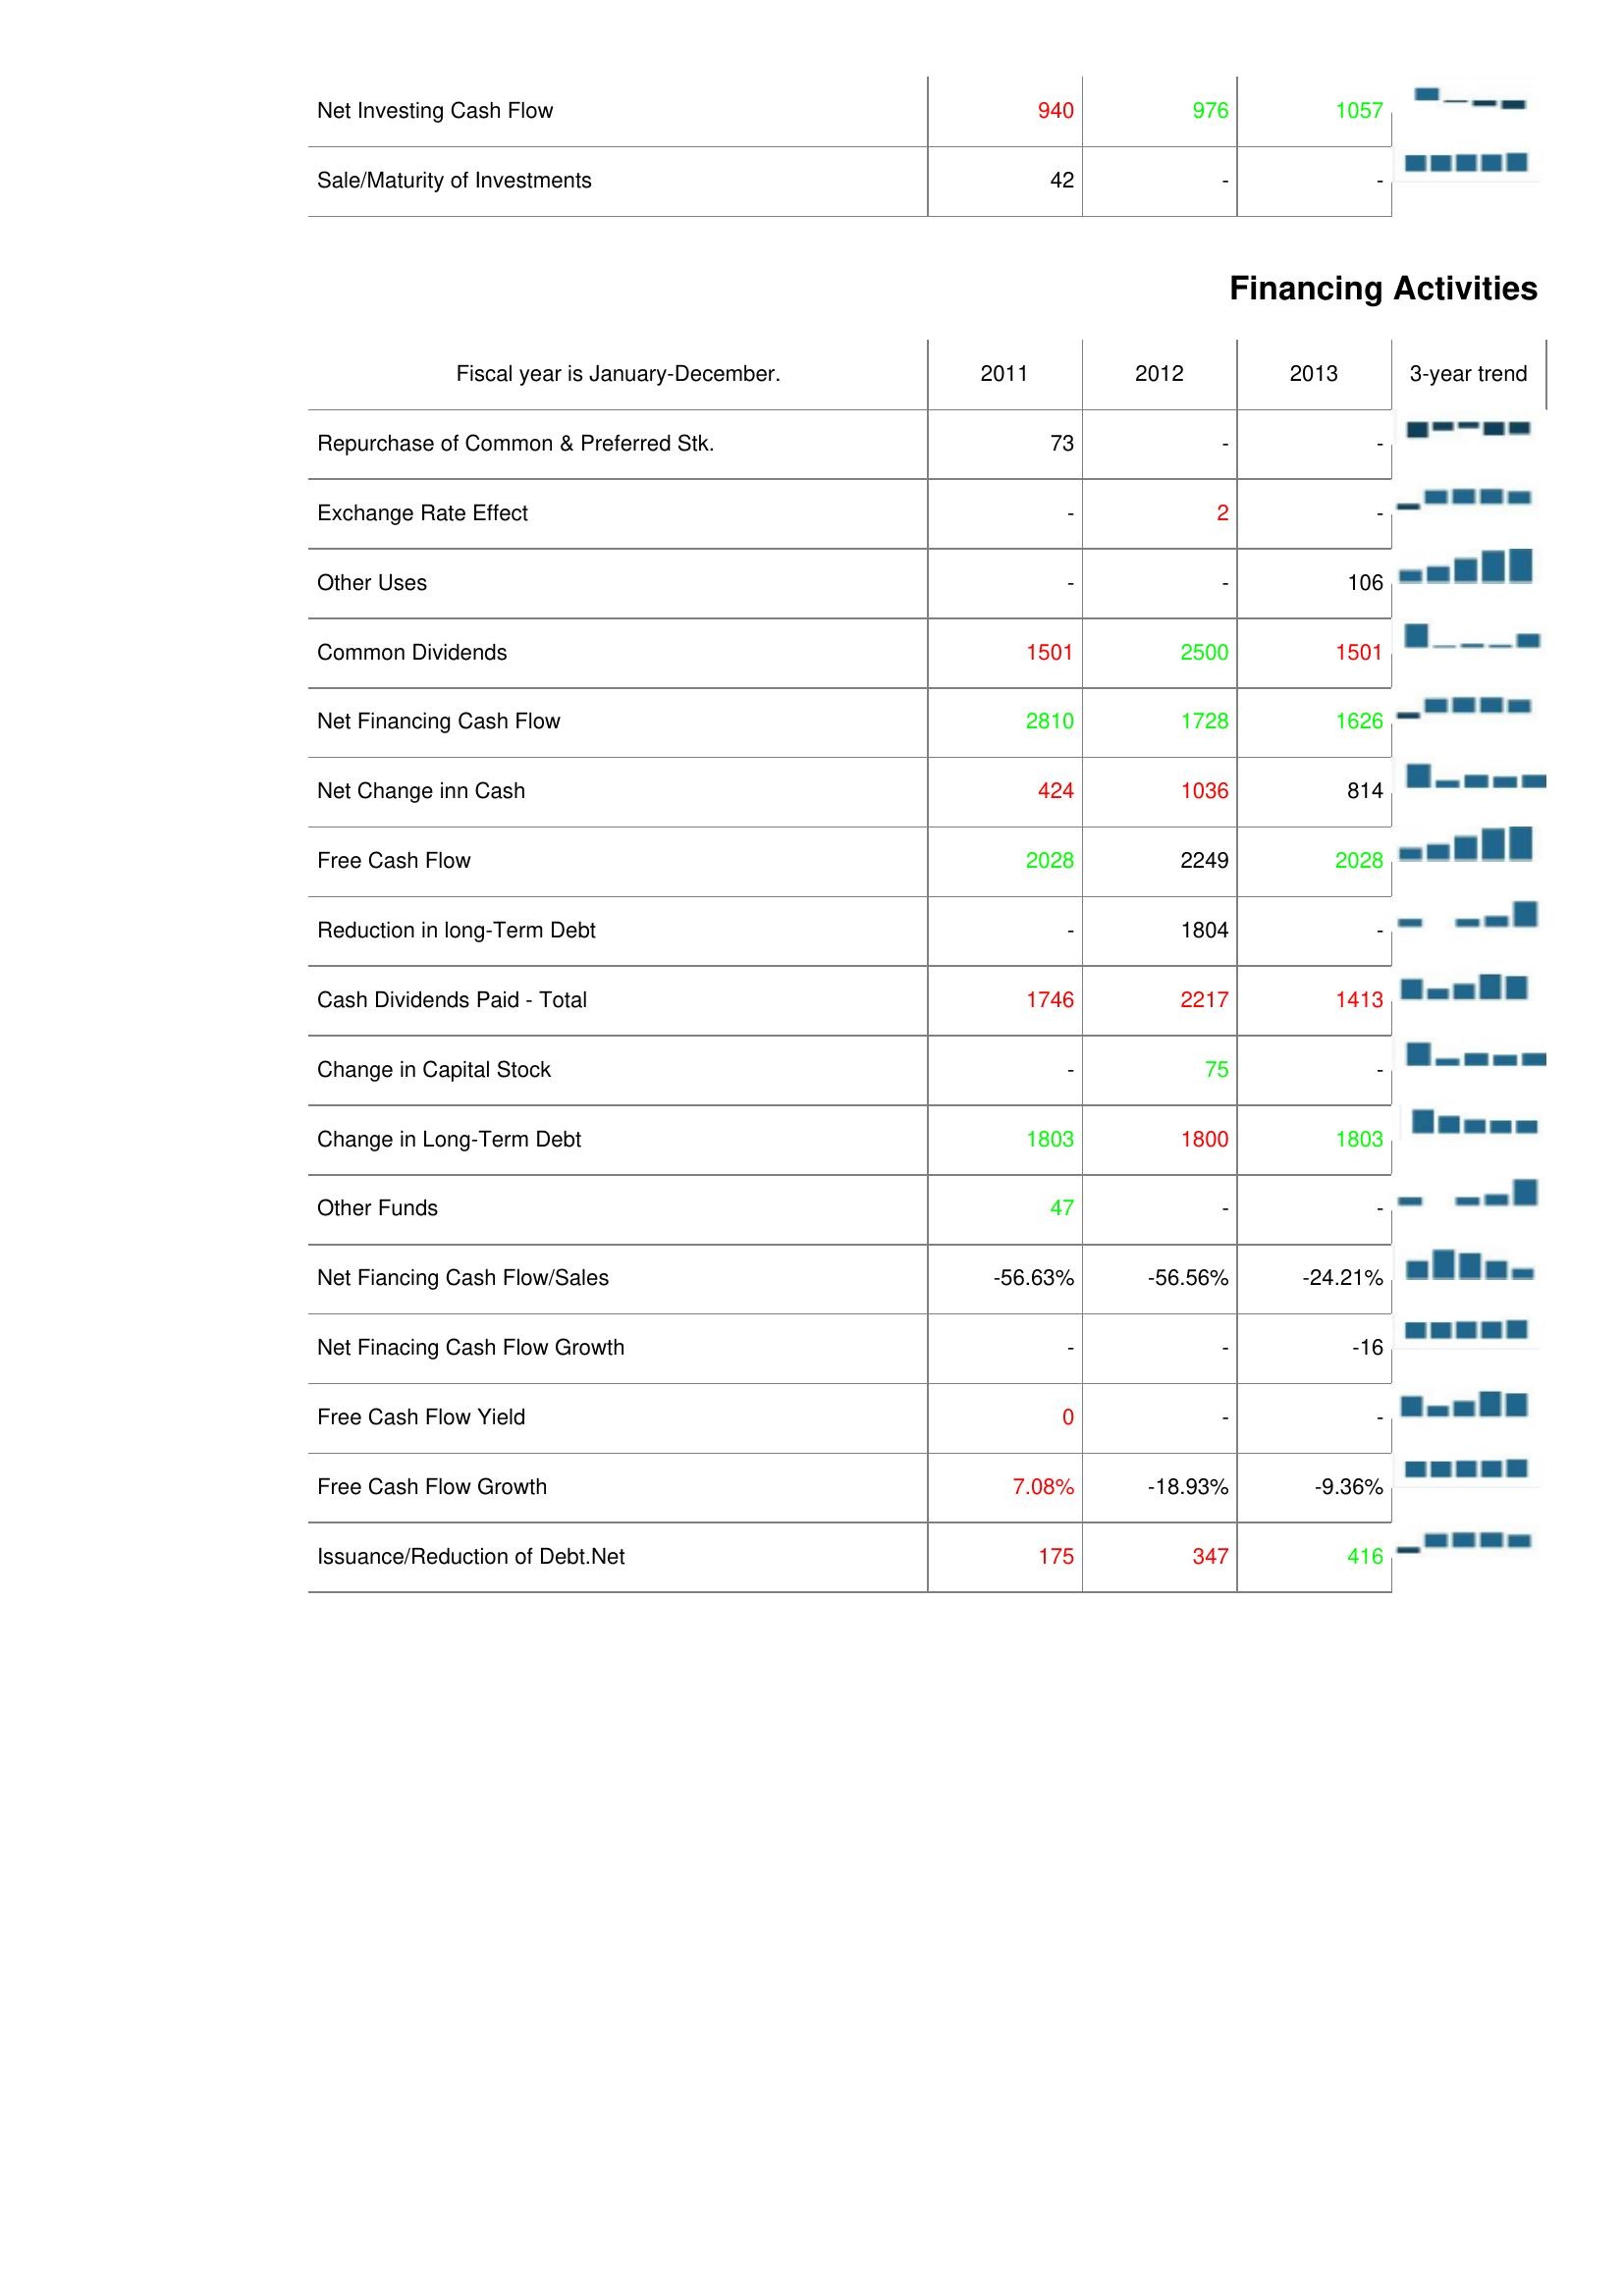
2011: Investing Activities: Net Investing Cash Flow: 940
Sale/Maturity of Investments: 42
Financing Activities: Repurchase of Common & Preferred Stk.: 73
Exchange Rate Effect: -
Other Uses: -
Common Dividends: 1501
Net Financing Cash Flow: 2810
Net Change inn Cash: 424
Free Cash Flow: 2028
Reduction in long-Term Debt: -
Cash Dividends Paid - Total: 1746
Change in Capital Stock: -
Change in Long-Term Debt: 1803
Other Funds: 47
Net Fiancing Cash Flow/Sales: -56.63%
Net Finacing Cash Flow Growth: -
Free Cash Flow Yield: 0
Free Cash Flow Growth: 7.08%
Issuance/Reduction of Debt.Net: 175
2012: Investing Activities: Net Investing Cash Flow: 976
Sale/Maturity of Investments: -
Financing Activities: Repurchase of Common & Preferred Stk.: -
Exchange Rate Effect: 2
Other Uses: -
Common Dividends: 2500
Net Financing Cash Flow: 1728
Net Change inn Cash: 1036
Free Cash Flow: 2249
Reduction in long-Term Debt: 1804
Cash Dividends Paid - Total: 2217
Change in Capital Stock: 75
Change in Long-Term Debt: 1800
Other Funds: -
Net Fiancing Cash Flow/Sales: -56.56%
Net Finacing Cash Flow Growth: -
Free Cash Flow Yield: -
Free Cash Flow Growth: -18.93%
Issuance/Reduction of Debt.Net: 347
2013: Investing Activities: Net Investing Cash Flow: 1057
Sale/Maturity of Investments: -
Financing Activities: Repurchase of Common & Preferred Stk.: -
Exchange Rate Effect: -
Other Uses: 106
Common Dividends: 1501
Net Financing Cash Flow: 1626
Net Change inn Cash: 814
Free Cash Flow: 2028
Reduction in long-Term Debt: -
Cash Dividends Paid - Total: 1413
Change in Capital Stock: -
Change in Long-Term Debt: 1803
Other Funds: -
Net Fiancing Cash Flow/Sales: -24.21%
Net Finacing Cash Flow Growth: -16
Free Cash Flow Yield: -
Free Cash Flow Growth: -9.36%
Issuance/Reduction of Debt.Net: 416